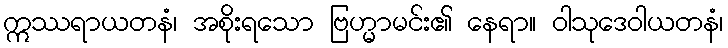
ဣဿရာယတနံ၊ အစိုးရသော ဗြဟ္မာမင်း၏ နေရာ။ ဝါသုဒေဝါယတနံ၊